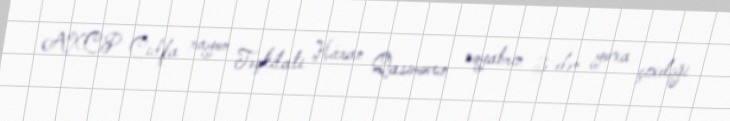
AXCP Culfa rayon Təşkilatı Hicran Qasımovun noyabrın 3-dən yoxa çıxdığı